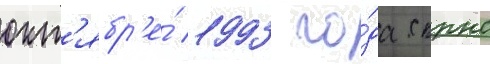
окт'ябр'е́ 1993 го́да скрнс